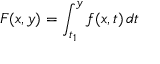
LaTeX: F ( x , y ) = \int _ { t _ { 1 } } ^ { y } f ( x , t ) \, d t